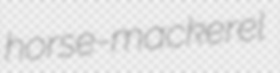
horse-mackerel